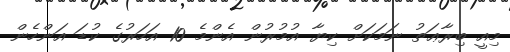
މިއީ ބިރާޢަތު ނަމަކަށް ކިޔާ އުމުރުން އެންމެ 10 އަހަރުގެ ކުޑަ އަންހެން